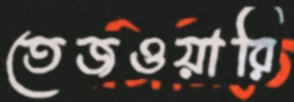
তেজওয়ারি